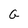
Character: G